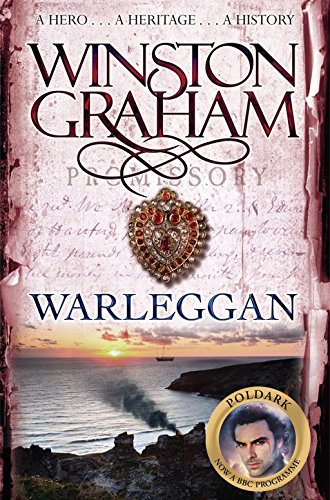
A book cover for Warleggan (Poldark); Winston Graham; Literature & Fiction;